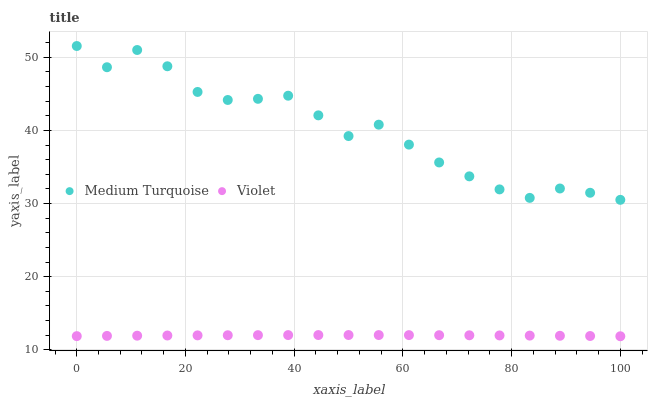
| xaxis_label | Medium Turquoise | Violet |
 | --- | --- | --- |
 | 0 | 51.6 | 11.9 |
 | 5.56 | 48.6 | 11.9 |
 | 11.1 | 51 | 11.9 |
 | 16.7 | 48.8 | 12 |
 | 22.2 | 45.3 | 12 |
 | 27.8 | 44.2 | 12 |
 | 33.3 | 44.3 | 12 |
 | 38.9 | 44.8 | 12 |
 | 44.4 | 42.1 | 12 |
 | 50 | 39.2 | 12 |
 | 55.6 | 40.8 | 12 |
 | 61.1 | 38.1 | 12 |
 | 66.7 | 35.6 | 12 |
 | 72.2 | 33.7 | 12 |
 | 77.8 | 31.9 | 12 |
 | 83.3 | 30.8 | 11.9 |
 | 88.9 | 32.1 | 11.9 |
 | 94.4 | 31.5 | 11.9 |
 | 100 | 30.5 | 11.8 |